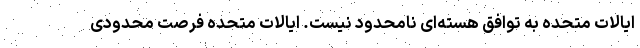
ایالات متحده به توافق هسته‌ای نامحدود نیست. ایالات متحده فرصت محدودی